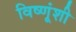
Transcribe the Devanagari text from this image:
विष्णूंशी